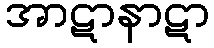
အာဋာနာဋာ